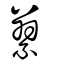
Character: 繤